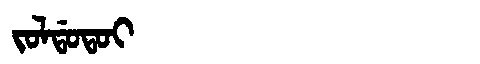
Manchu: ᠵᠣᠯᡩᠣᡨᠣᡳ
Romanization: JOLDOTOI